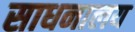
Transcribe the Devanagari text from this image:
साधनालय